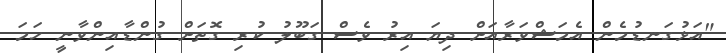
"އަޅުގަނޑުމެން އެމަޝްވަރާއަށް ދިޔަ އިރު ވެސް ގަބޫލު ކުރި ގޮތަށް ގުންޑާއިންވާނީ ހަމަ